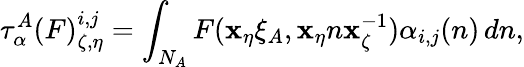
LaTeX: \tau_{\alpha}^{A}(F)_{\zeta,\eta}^{i,j}=\int_{N_{A}}F(\mathbf{x}_{\eta}\xi_{A},\mathbf{x}_{\eta}n\mathbf{x}_{\zeta}^{-1})\alpha_{i,j}(n)\, dn,